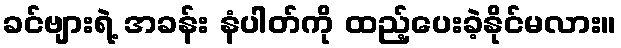
ခင်ဗျားရဲ့ အခန်း နံပါတ်ကို ထည့်ပေးခဲ့နိုင်မလား။